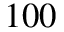
1 0 0